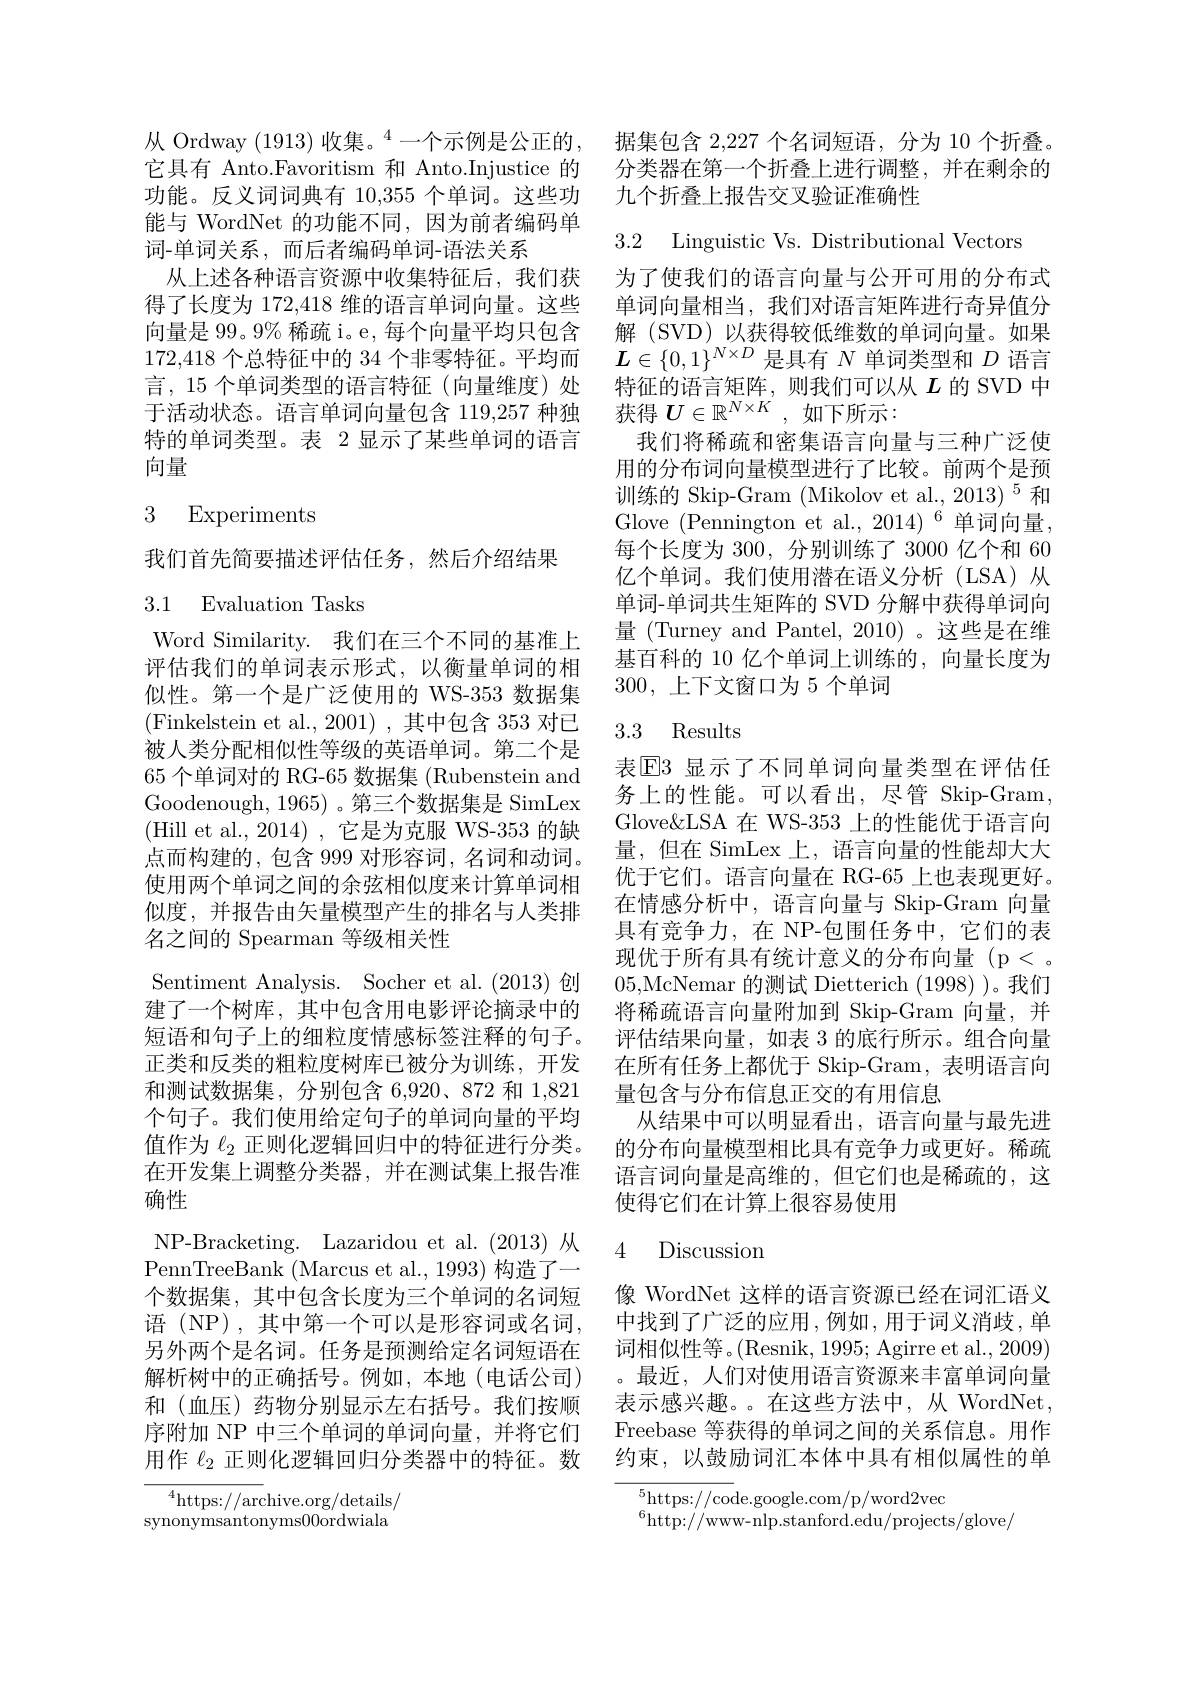
能与 WordNet 的功能不同，因为前者编码单
词-单词关系，而后者编码单词-语法关系
从上述各种语言资源中收集特征后，我们获 为了使我们的语言向量与公开可用的分布式得了长度为 172,418 维的语言单词向量。这些 单词向量相当，我们对语言矩阵进行奇异值分向量是 99。9% 稀疏 i。e,每个向量平均只包含 解 (SVD) 以获得较低维数的单词向量。如果172,418 个总特征中的 34 个非零特征。平均而$\boldsymbol{L}\in\{0,1\}^{N\times D}$是具有$N$单词类型和$D$语言言，15 个单词类型的语言特征 (向量维度)处 特征的语言矩阵，则我们可以从$L$的 SVD 中于活动状态。语言单词向量包含 119,257 种独 获得$U\in\mathbb{R}^{N\times K}$ ,如下所示：
特的单词类型。表 2 显示了某些单词的语言
向量

### 3 Experiments

我们首先简要描述评估任务，然后介绍结果

## 3.1 Evaluation Tasks

Word Similarity. 我们在三个不同的基准上评估我们的单词表示形式，以衡量单词的相似性。第一个是广泛使用的 WS-353 数据集(Finkelstein et al., 2001),其中包含 353 对已被人类分配相似性等级的英语单词。第二个是65 个单词对的 RG-65 数据集 (Rubenstein and Goodenough, 1965) 。第三个数据集是 SimLex (Hill et al., 2014), 它是为克服 WS-353 的缺点而构建的，包含 999 对形容词，名词和动词。使用两个单词之间的余弦相似度来计算单词相似度，并报告由矢量模型产生的排名与人类排名之间的 Spearman 等级相关性
Sentiment Analysis. Socher et al. (2013) 创正类和反类的粗粒度树库已被分为训练，开发和测试数据集，分别包含 6,920、872 和 1,821个句子。我们使用给定句子的单词向量的平均值作为$\ell_{2}$正则化逻辑回归中的特征进行分类。在开发集上调整分类器，并在测试集上报告准确性
NP-Bracketing. Lazaridou et al.(2013) 从PennTreeBank (Marcus et al., 1993) 构造了一个数据集，其中包含长度为三个单词的名词短语 (NP),其中第一个可以是形容词或名词， 另外两个是名词。任务是预测给定名词短语在 词相似性等。(Resnik,1995; Agirre et al.,2009) 解析树中的正确括号。例如，本地 (电话公司) 。最近，人们对使用语言资源来丰富单词向量和(血压)药物分别显示左右括号。我们按顺 表示感兴趣。在这些方法中，从 WordNet, 序附加 NP 中三个单词的单词向量，并将它们 Freebase 等获得的单词之间的关系信息。用作用作$\ell_{2}$正则化逻辑回归分类器中的特征。数 约束，以鼓励词汇本体中具有相似属性的单
$^{4}$https://archive.org/details/

$\tilde{\text{synonymsantonyms}00\text{ordwiala}}$

从 Ordway (1913) 收集。$^{4}$一个示例是公正的，据集包含 2,227 个名词短语，分为 10 个折叠。它具有 Anto.Favoritism 和 Anto.Injustice 的 分类器在第一个折叠上进行调整，并在剩余的功能。反义词词典有 10,355 个单词。这些功 九个折叠上报告交叉验证准确性

3.2 Linguistic Vs. Distributional Vectors

我们将稀疏和密集语言向量与三种广泛使用的分布词向量模型进行了比较。前两个是预训练的 Skip-Gram (Mikolov et al., 2013) $^5$和Glove $\mathrm{(Pennington~et~al.,~2014)}^{6}$单词向量， 每个长度为 300, 分别训练了 3000 亿个和 60亿个单词。我们使用潜在语义分析(LSA)从单词-单词共生矩阵的 SVD 分解中获得单词向量 (Turney and Pantel, 2010) 。这些是在维基百科的 10 亿个单词上训练的，向量长度为300,上下文窗口为 5 个单词

## 3.3 Results

表$\operatorname{E3}$显示了不同单词向量类型在评估任务上的性能。可以看出，尽管 Skip-Gram, Glove&LSA 在 WS-353 上的性能优于语言向量，但在 SimLex上，语言向量的性能却大大优于它们。语言向量在 RG-65 上也表现更好。在情感分析中，语言向量与 Skip-Gram 向量具有竞争力，在 NP-包围任务中，它们的表现优于所有具有统计意义的分布向量(p<。05,McNemar 的测试 Dietterich (1998) )。我们
建了一个树库，其中包含用电影评论摘录中的 将稀疏语言向量附加到 Skip-Gram 向量，并短语和句子上的细粒度情感标签注释的句子。评估结果向量，如表 3 的底行所示。组合向量
在所有任务上都优于 Skip-Gram, 表明语言向
量包含与分布信息正交的有用信息
从结果中可以明显看出，语言向量与最先进的分布向量模型相比具有竞争力或更好。稀疏语言词向量是高维的，但它们也是稀疏的，这使得它们在计算上很容易使用

### 4 Discussion

像 WordNet 这样的语言资源已经在词汇语义中找到了广泛的应用，例如，用于词义消歧，单

$^5$https://code.google.com/p/word2vec
$^{6}$http://www-nlp.stanford.edu/projects/glove/